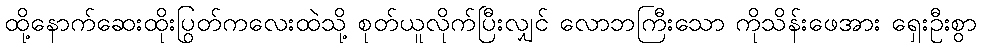
ထို့နောက်ဆေးထိုးပြွတ်ကလေးထဲသို့ စုတ်ယူလိုက်ပြီးလျှင် လောဘကြီးသော ကိုသိန်းဖေအား ရှေးဦးစွာ